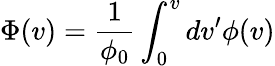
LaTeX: \Phi(v)=\frac{1}{\phi_{0}}\int_{0}^{v}dv^{\prime}\phi(v)